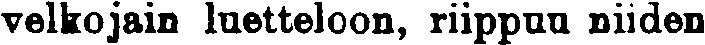
velkojain luetteloon, riippuu niiden